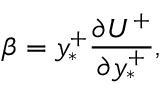
\beta = y _ { * } ^ { + } \frac { \partial U ^ { + } } { \partial y _ { * } ^ { + } } ,